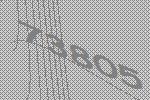
73805